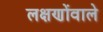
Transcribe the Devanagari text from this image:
लक्षणोंवाले